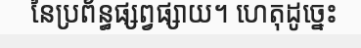
នៃប្រព័ន្ធផ្សព្វផ្សាយ។ ហេតុដូច្នេះ